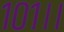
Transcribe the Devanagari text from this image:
१०१।।